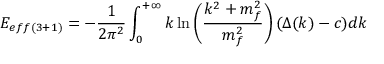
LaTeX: E _ { e f f ( 3 + 1 ) } = - \frac { 1 } { 2 \pi ^ { 2 } } \int _ { 0 } ^ { + \infty } k \ln \left( \frac { k ^ { 2 } + m _ { f } ^ { 2 } } { m _ { f } ^ { 2 } } \right) ( \Delta ( k ) - c ) d k